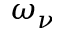
\omega _ { \nu }